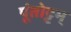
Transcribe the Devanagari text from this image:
पूंतोट्टम्